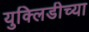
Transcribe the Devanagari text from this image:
युक्लिडीच्या